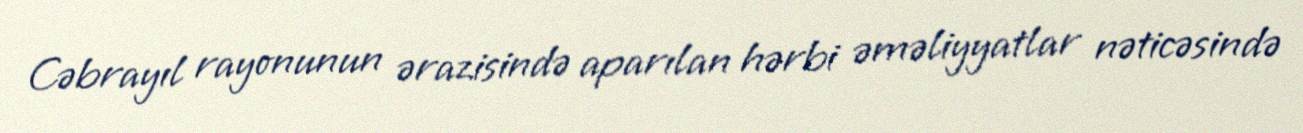
Cəbrayıl rayonunun ərazisində aparılan hərbi əməliyyatlar nəticəsində